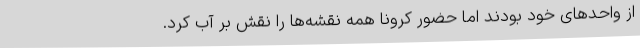
از واحدهای خود بودند اما حضور کرونا همه نقشه‌ها را نقش بر آب کرد.